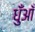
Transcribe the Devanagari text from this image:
धुँआँ